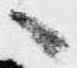
へ